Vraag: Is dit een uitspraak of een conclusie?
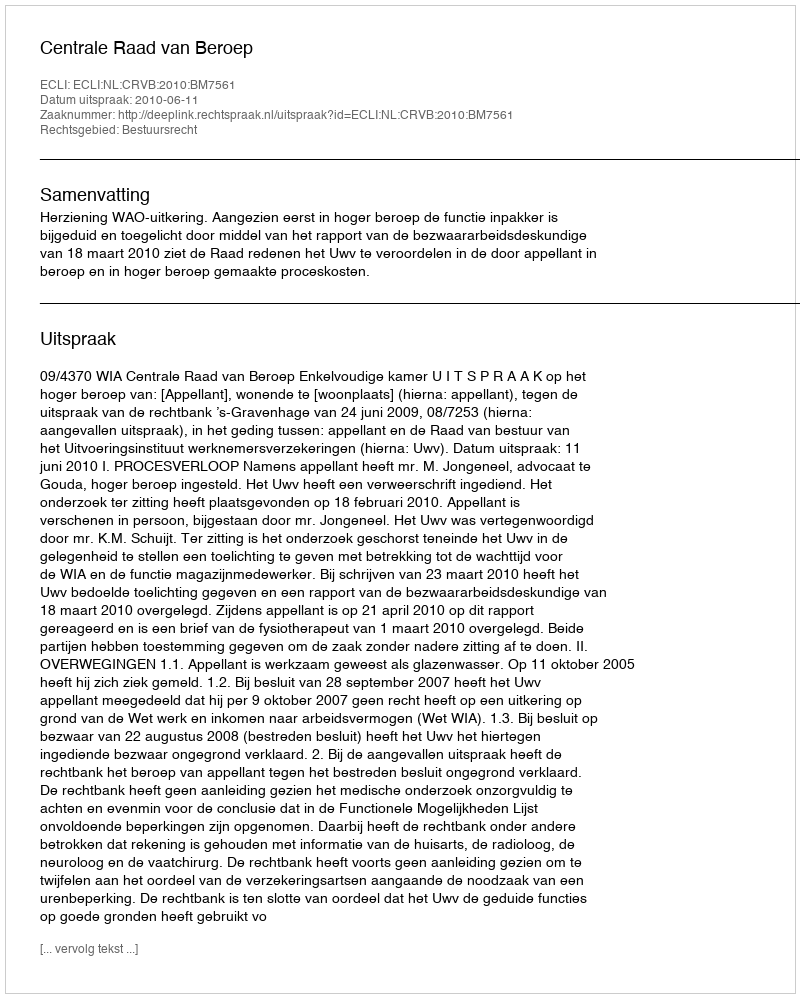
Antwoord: Uitspraak